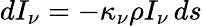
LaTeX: dI_{\nu}=-\kappa_{\nu}\rho I_{\nu}\, ds